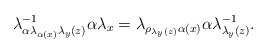
\begin{align*}\lambda_{\alpha\lambda_{\alpha(x)}\lambda_{y}(z)}^{-1}\alpha\lambda_{x}=\lambda_{\rho_{\lambda_{y}(z)}\alpha(x)}\alpha\lambda_{\lambda_{y}(z)}^{-1}.\end{align*}